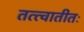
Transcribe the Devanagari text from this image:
तत्त्वातीतः